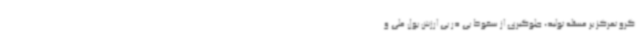
گرو تمرکز بر مسئله تولید، جلوگیری از سقوط پی در پی ارزش پول ملی و